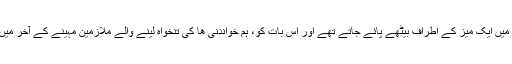
اکثر راتوں کو 'آبعلی کلب' میں ایک میز کے اطراف بیٹھے پائے جاتے تھے اور اس بات کو، ہم خواندنی ھا کی تنخواہ لینے والے ملازمین مہینے کے آخر میں زیادہ سمجھ سکتے تھے۔